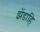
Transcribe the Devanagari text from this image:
झेंडाहि